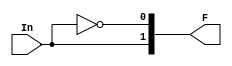
//design
module decoder2to1 (input In, output [1:0] F);
  	assign F[0] = ~In;
  	assign F[1] = In;
endmodule


//testbench
module decoder2to1_test;
  reg In;
  wire [1:0] F;
  integer i; 
  
  decoder2to1 M(In, F);
  
  initial
    begin
      $dumpfile("dump.vcd"); $dumpvars; 
      $monitor("In	F[1] 	F[0]");
      for (i = 0; i < 2; i = i + 1)
      	begin
          #5 In = i;
          $monitor(" %d    |	 %d       %d", In, F[1], F[0]);
      	end
  	end
endmodule